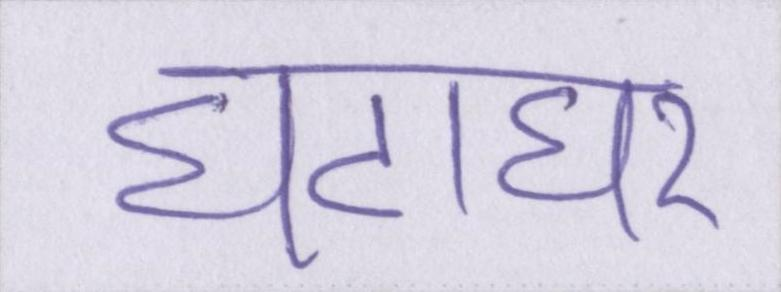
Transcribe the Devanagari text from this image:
घंटाघर